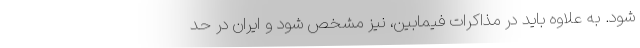
شود. به علاوه باید در مذاکرات فیمابین، نیز مشخص شود و ایران در حد